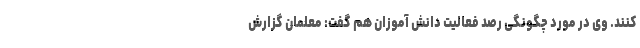
‌کنند. وی در مورد چگونگی رصد فعالیت دانش آموزان هم گفت: معلمان گزارش